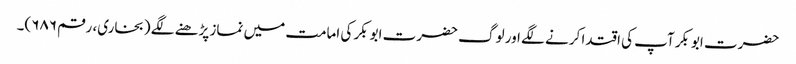
حضرت ابوبکر آپ کی اقتدا کرنے لگے اور لوگ حضرت ابوبکر کی امامت میں نماز پڑھنے لگے (بخاری، رقم ۶۸۶)۔